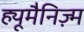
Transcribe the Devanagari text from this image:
ह्यूमैनिज़्म